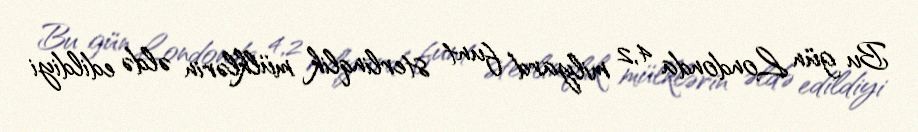
Bu gün Londonda 4,2 milyard funt sterlinqlik mülklərin əldə edildiyi